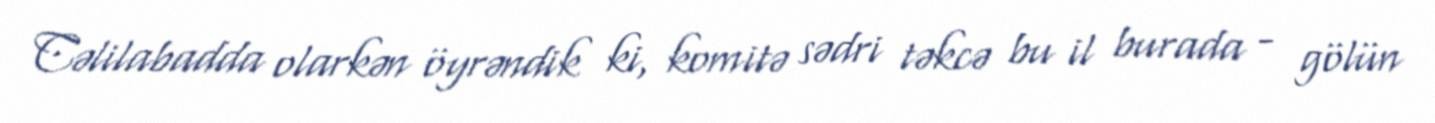
Cəlilabadda olarkən öyrəndik ki, komitə sədri təkcə bu il burada - gölün